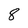
Character: 8